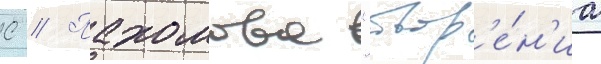
С // Пахомова "твор'е́н'иа